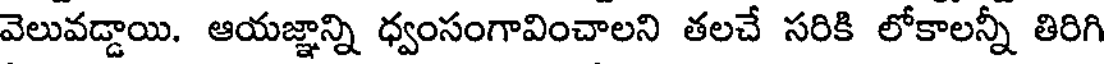
వెలువడ్డాయి. ఆయజ్ఞాన్ని ధ్వంసంగావించాలని తలచే సరికి లోకాలన్నీ తిరిగి